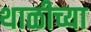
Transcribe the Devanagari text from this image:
थाळीच्या